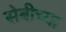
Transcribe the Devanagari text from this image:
सेबीच्या